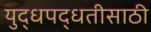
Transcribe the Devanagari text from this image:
युद्धपद्धतीसाठी